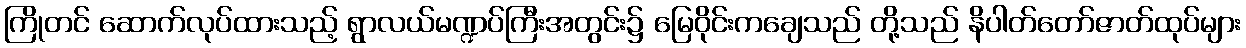
ကြိုတင် ဆောက်လုပ်ထားသည့် ရွာလယ်မဏ္ဍပ်ကြီးအတွင်း၌ မြေဝိုင်းကချေသည် တို့သည် နိပါတ်တော်ဇာတ်ထုပ်များ